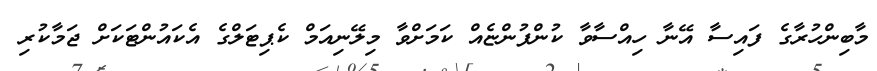
މާބިންހުރާގެ ފައިސާ އޭނާ ހިއްސާވާ ކުންފުންޏެއް ކަމަށްވާ މިލޭނިއަމް ކެޕިޓަލްގެ އެކައުންޓަކަށް ޖަމާކުރި